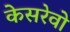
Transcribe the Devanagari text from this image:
केसरेवो